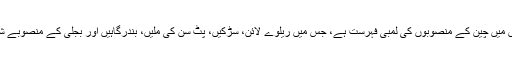
بنگلادیش میں چین کے منصوبوں کی لمبی فہرست ہے، جس میں ریلوے لائن، سڑکیں، پٹ سن کی ملیں، بندرگاہیں اور بجلی کے منصوبے شامل ہیں۔